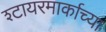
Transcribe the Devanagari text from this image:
श्टायरमार्काच्या